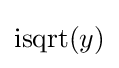
\operatorname {isqrt} (y)